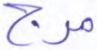
مرج